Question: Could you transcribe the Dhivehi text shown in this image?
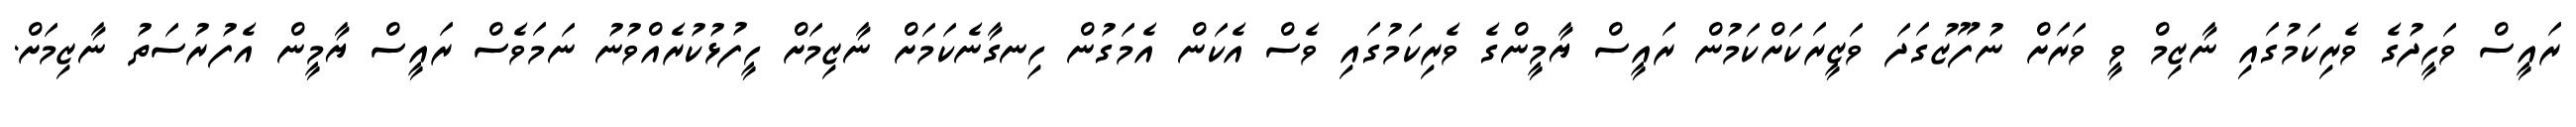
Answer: ރައީސް ވަހީދުގެ ވެރިކަމުގައި ނާޒިމް ވީ ވަރަށް ނުފޫޒުގަދަ ވަޒީރަކަށްކަމުން ރައީސް ޔާމީންގެ ވެރިކަމުގައި ވެސް އެކަން އެމަގުން ހިނގާނެކަމަށް ނާޒިމަށް ހީފުޅުކުރެއްވުނު ނަމަވެސް ރައީސް ޔާމީން އެފުރުސަތު ނާޒިމަށް.